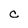
Character: C